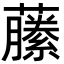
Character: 䕨